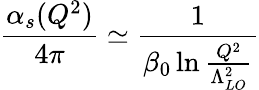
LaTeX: \frac{\alpha_{s}(Q^{2})}{4\pi}\simeq\frac{1}{\beta_{0}\ln{\frac{Q^{2}}{\Lambda_{LO}^{2}}}}